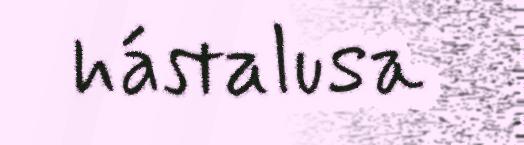
hástalusa